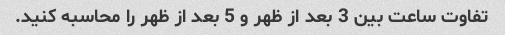
تفاوت ساعت بین 3 بعد از ظهر و 5 بعد از ظهر را محاسبه کنید.